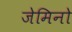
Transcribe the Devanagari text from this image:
जेमिनो